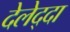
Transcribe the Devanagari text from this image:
देलेद्दा